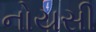
નોયસી